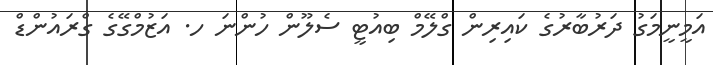
އަމީނީމަގު ދަރުބާރުގެ ކައިރިން ގްލޭމް ބިއުޓީ ސެލޫން ހުންނަ ހ. އަޒުމްގޭގެ ގްރައުންޑް